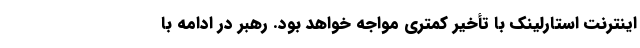
اینترنت استارلینک با تأخیر کمتری مواجه خواهد بود. رهبر در ادامه با